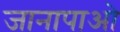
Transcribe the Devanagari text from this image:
जानापाओ